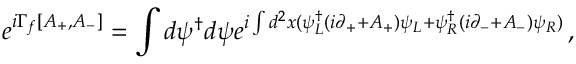
e ^ { i \Gamma _ { f } [ A _ { + } , A _ { - } ] } = \int d \psi ^ { \dagger } d \psi e ^ { i \int d ^ { 2 } x ( \psi _ { L } ^ { \dagger } ( i \partial _ { + } + A _ { + } ) \psi _ { L } + \psi _ { R } ^ { \dagger } ( i \partial _ { - } + A _ { - } ) \psi _ { R } ) } \, ,